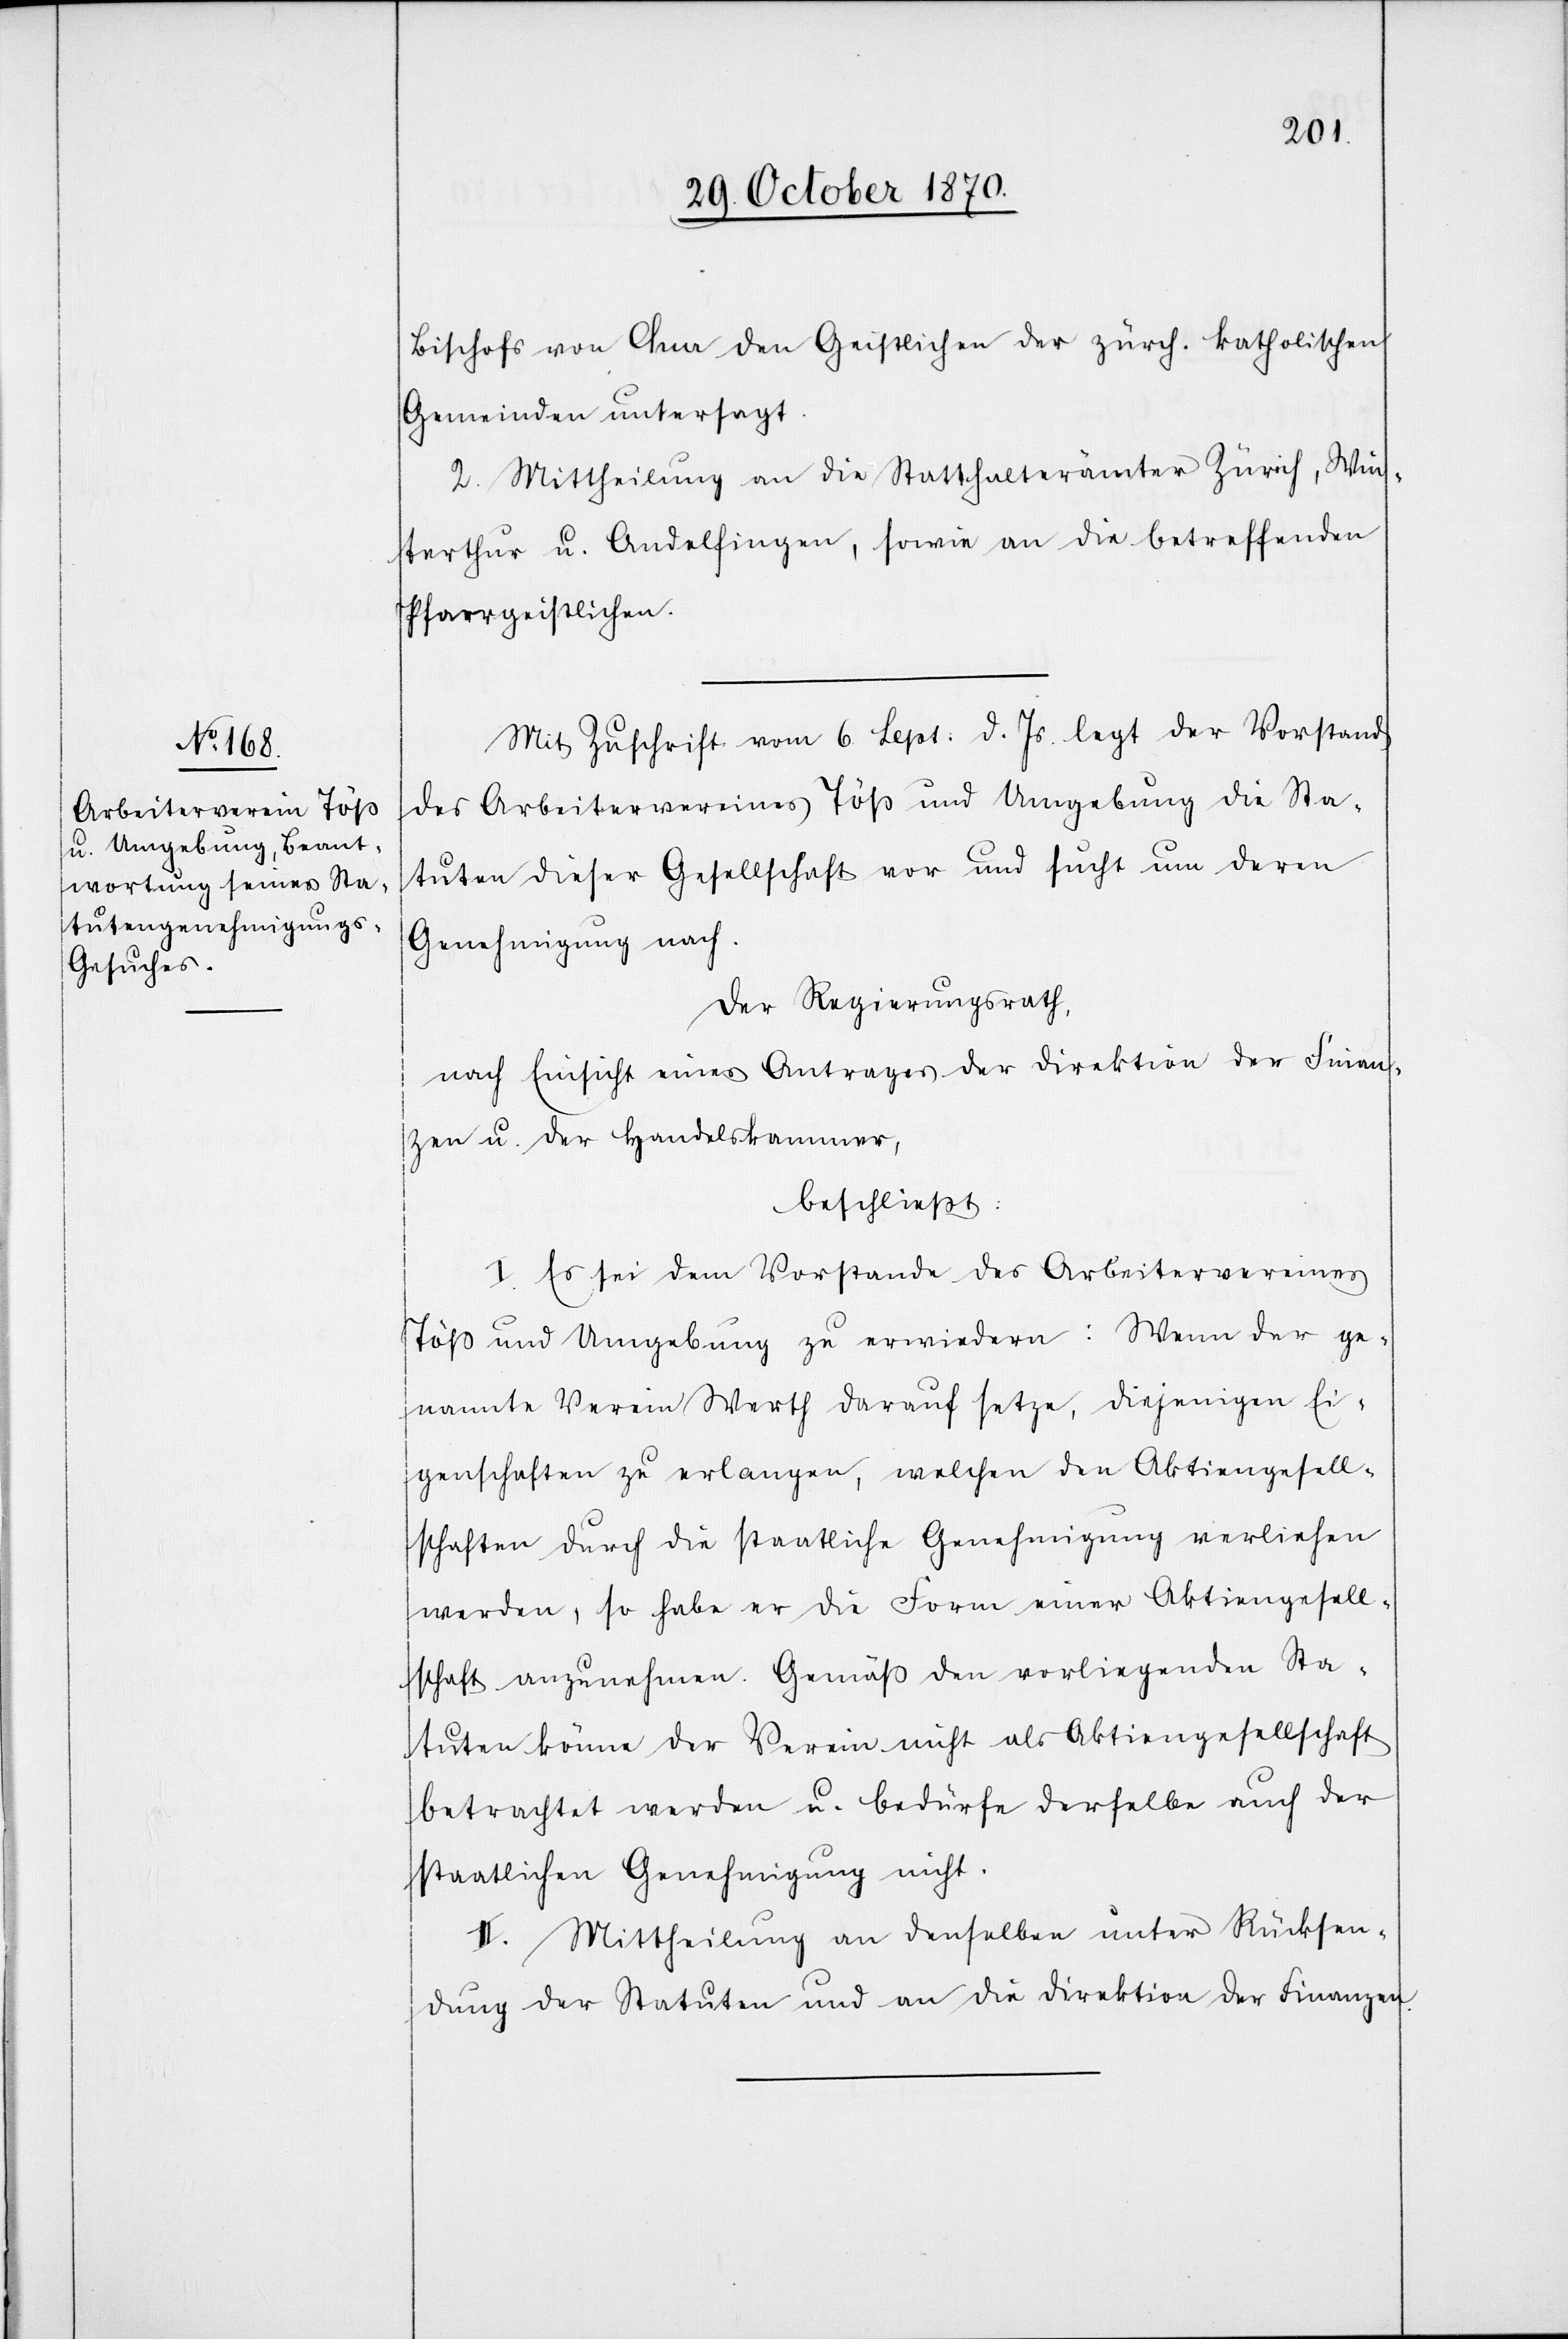
Bischofs von Chur den Geistlichen der zürch. katholischen
Gemeinden untersagt.
II.] Mittheilung an die Statthalterämter Zürich, Win¬
terthur u. Andelfingen, sowie an die betreffenden
Pfarrgeistlichen.
Mit Zuschrift vom 6. Sept: d. Js. legt der Vorstand
des Arbeitervereins Töß und Umgebung die Sta¬
tuten dieser Gesellschaft vor und sucht um deren
Genehmigung nach.
Der Regierungsrath,
nach Einsicht eines Antrages der Direktion der Finan¬
zen u. der Handelskammer,
beschließt:
I. Es sei dem Vorstande des Arbeitervereines
Töß und Umgebung zu erwiedern: Wenn der ge¬
nannte Verein Werth darauf setze, diejenigen Ei¬
genschaften zu erlangen, welchen den Aktiengesell¬
schaften durch die staatliche Genehmigung verliehen
werden, so habe er die Form einer Aktiengesell¬
schaft anzunehmen. Gemäß den vorliegenden Sta¬
tuten könne der Verein nicht als Aktiengesellschaft
betrachtet werden u. bedürfe derselbe auch der
staatlichen Genehmigung nicht.
II. Mittheilung an denselben unter Rücksen¬
dung der Statuten und an die Direktion der Finanzen.